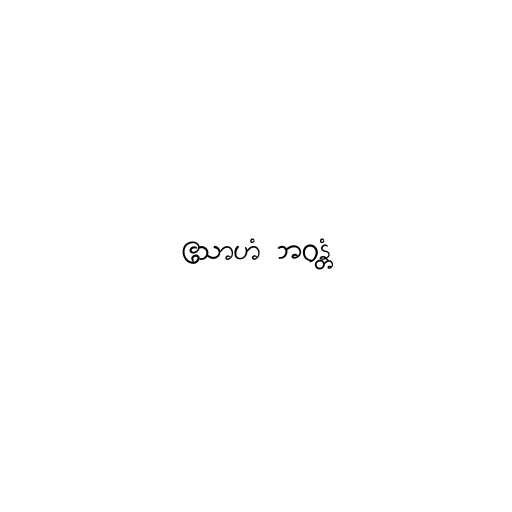
ဧသာဟံ ဘဝန္တံ